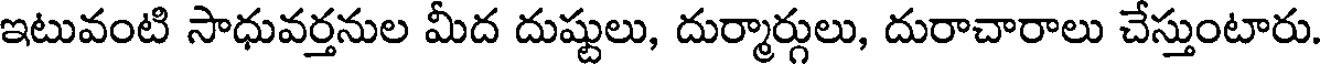
ఇటువంటి సాధువర్తనుల మీద దుష్టులు, దుర్మార్గులు, దురాచారాలు చేస్తుంటారు.